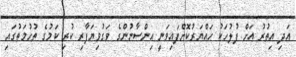
އަދި އިތުރު އަށް ފުލުހަކު ހައްޔަރުކޮށްފައިވަނީ އިންސާނުންގެ ވަގުވިޔަފާރި ކުރި ކަމުގެ ތުހުމަތުގައި